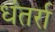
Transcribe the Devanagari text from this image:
धंतर्रा